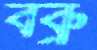
বব্রু